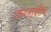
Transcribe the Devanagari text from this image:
जननाशौच